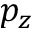
p _ { z }